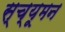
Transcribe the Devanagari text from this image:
स्च्यूमन